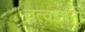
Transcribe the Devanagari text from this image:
तत्वज्ञानों